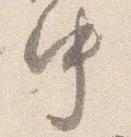
中